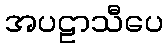
အပဠာသီပေ